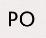
PO